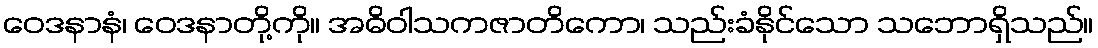
ဝေဒနာနံ၊ ဝေဒနာတို့ကို။ အဓိဝါသကဇာတိကော၊ သည်းခံနိုင်သော သဘောရှိသည်။